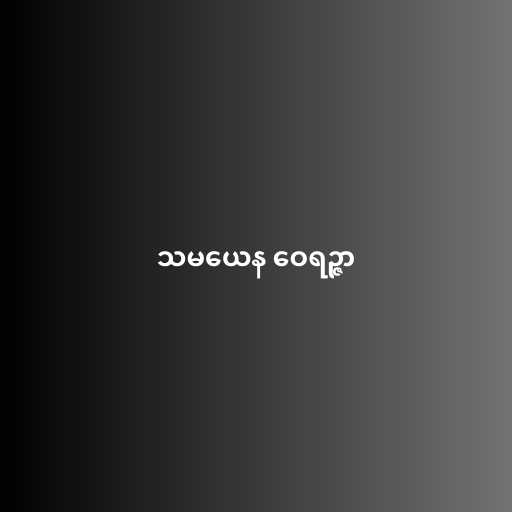
သမယေန ဝေရဉ္ဇာ